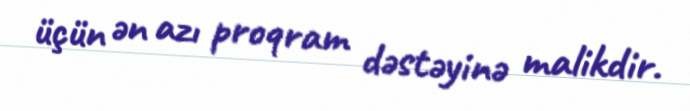
üçün ən azı proqram dəstəyinə malikdir.